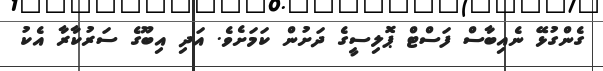
ގެންގުޅޭ ނެއިބާސް ފަސްޓް ޕޮލިސީގެ ދަށުން ކަމަށެވެ. އަދި އިބޫގެ ސަރުކާރާ އެކު